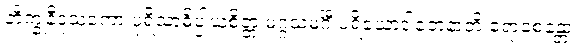
ဘိက္ခုနီဒူသကော ပုရိသာဓိပ္ပါယစိတ္တံ မဂ္ဂသမင်္ဂီ ပရိယောဒါတေနာတိ ရောစေန္တော